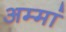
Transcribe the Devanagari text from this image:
अम्मां